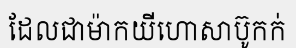
ដែលជាម៉ាកយីហោសាប៊ូកក់